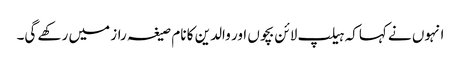
انہوں نے کہاکہ ہیلپ لائن بچوں اور والدین کا نام صیغہ راز میں رکھے گی۔